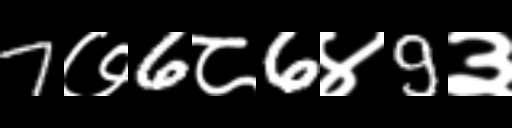
Text: 7७6८6४9३